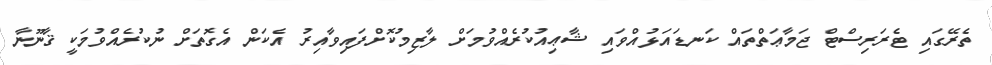
ތެރޭގައި ޓެރަރިސްޓް ޖަމާޢަތްތައް ކަނޑައަޅުއްވައި ޝާޢިއުކުރެއްވުމަށް ލާޒިމުކޮށްފައިވާއިރު އެކަން އެގޮތަށް ނުކުރެއްވުމަކީ ޤާނޫނާ